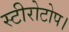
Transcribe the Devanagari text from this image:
स्टीरोटोप।